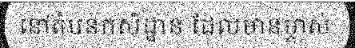
នៅតំបន់កសិដ្ឋាន ដែលមានម្ចាស់